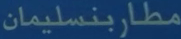
مطاربنسليمان